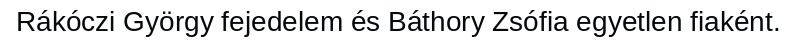
Rákóczi György fejedelem és Báthory Zsófia egyetlen fiaként.